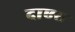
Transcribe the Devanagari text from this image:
दाएरा